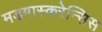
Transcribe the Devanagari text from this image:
मडगास्करेन्सिस